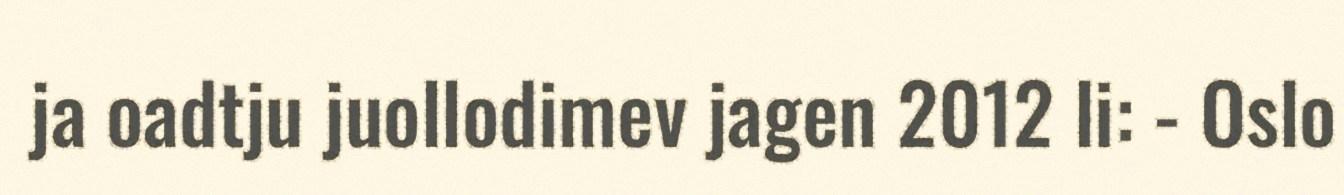
ja oadtju juollodimev jagen 2012 li: - Oslo